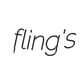
fling's